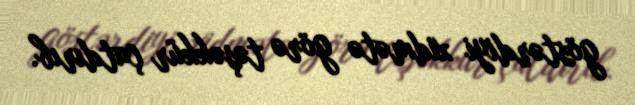
göstərdiyi xidmətə görə təşəkkür çatdırıb.